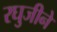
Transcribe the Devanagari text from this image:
रघुजीने